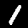
Digit: 1